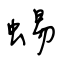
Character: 蜴